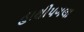
હાથીપગલા